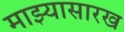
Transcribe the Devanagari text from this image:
माझ्यासारख